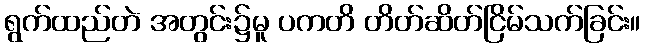
ရွက်ထည်တဲ အတွင်း၌မူ ပကတိ တိတ်ဆိတ်ငြိမ်သက်ခြင်း။